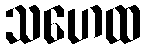
သဟေထ